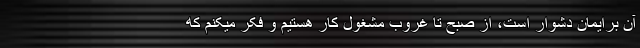
آن برایمان دشوار است، از صبح تا غروب مشغول کار هستیم و فکر میکنم که